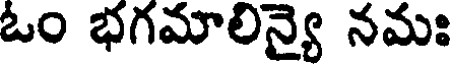
ఒం భగమాలిన్యై నమః